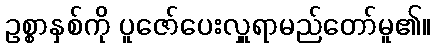
ဥစ္စာနှစ်ကို ပူဇော်ပေးလှူရာမည်တော်မူ၏။